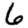
Digit: 6